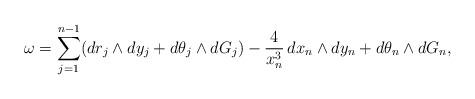
LaTeX: \begin{align*}\omega = \sum_{j=1}^{n-1} (dr_j\wedge dy_j+d\theta_j\wedge dG_j) -\frac{4}{x_n^3}\, dx_n \wedge dy_n + d\theta_n\wedge dG_n,\end{align*}